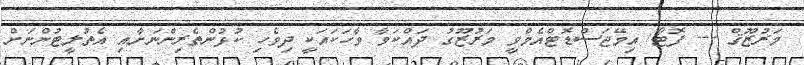
މަރުޒޫޤް --- ފޮޓޯ/ އިމޭޖަސްޑޮޓްއެމްވީ މަރުޒޫގު ދައްކަވާ ވާހަކައަކީ ދިވެހި ކުޅުންތެރިންނަށާއި އެތުލީޓުންނަށް